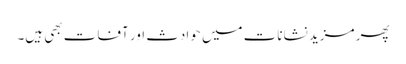
پھر مزید نشانات میں حوادث اور آفات بھی ہیں۔